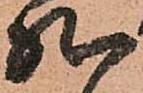
然